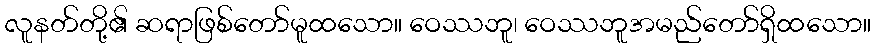
လူနတ်တို့၏ ဆရာဖြစ်တော်မူထသော။ ဝေဿဘူ၊ ဝေဿဘူအမည်တော်ရှိထသော။